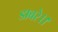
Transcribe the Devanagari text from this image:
डाबरे।।